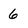
Character: 6